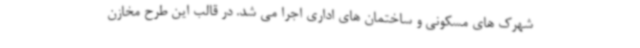
شهرک های مسکونی و ساختمان های اداری اجرا می شد. در قالب این طرح مخازن